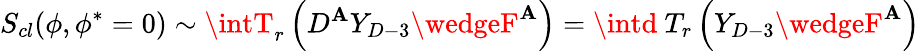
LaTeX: S_{cl}(\phi,\phi^{*}=0)\sim\intT_{r}\left(D^{\mathbf{A}}Y_{D-3}\wedgeF^{\mathbf{A}}\right)=\intd\ T_{r}\left(Y_{D-3}\wedgeF^{\mathbf{A}}\right)